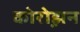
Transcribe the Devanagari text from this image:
कोरोझ़न